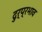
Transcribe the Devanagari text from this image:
दुर्प्रभाव